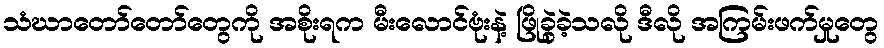
သံဃာတော်တော်တွေကို အစိုးရက မီးလောင်ဗုံးနဲ့ ဖြိုခွဲခဲ့သလို ဒီလို အကြမ်းဖက်မှုတွေ